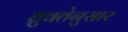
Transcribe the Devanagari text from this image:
ध्रुवतेनुसार